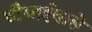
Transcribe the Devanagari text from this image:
चौथाईवाले